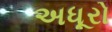
અધૂરો